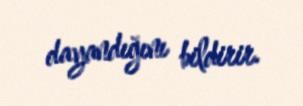
dayandığını bildirir.